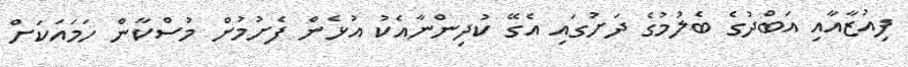
ފިއުޒާއާއި އަބްދުގެ ބެލުމުގެ ދަށުގައި އެގޭ ކުދިންނާއެކު އުޅެން ފެށުމުން މުސްކާން ހަމައަކަށް